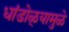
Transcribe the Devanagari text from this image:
धांडोळ्यामुळे